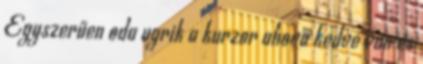
Egyszerűen oda ugrik a kurzor ahova kedve van és